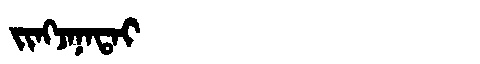
Manchu: ᠵᡳᠩᠵᠠᠨᠠᡨᠠᡳ
Romanization: JINGJANATAI